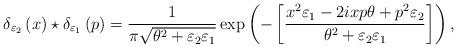
LaTeX: \begin{align*}\delta _{\varepsilon _{2}}\left( x\right) \star \delta _{\varepsilon_{1}}\left( p\right) =\frac{1}{\pi \sqrt{\theta ^{2}+\varepsilon_{2}\varepsilon _{1}}}\exp \left( -\left[ \frac{x^{2}\varepsilon_{1}-2ixp\theta +p^{2}\varepsilon _{2}}{\theta ^{2}+\varepsilon_{2}\varepsilon _{1}}\right] \right) ,\end{align*}